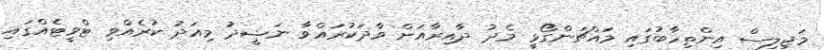
މަޖިލިސް އިންތިހާބުގައި މައްޗަންގޯޅީ މެދު ދާއިރާއަށް ވާދަކުރައްވާ ނަޝީދު މިއަދު ކުރެއްވި ޓްވީޓެއްގައި